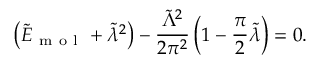
\left( \tilde { E } _ { \mathrm { ~ m ~ o ~ l ~ } } + \tilde { \lambda } ^ { 2 } \right) - \frac { \tilde { \Lambda } ^ { 2 } } { 2 \pi ^ { 2 } } \left( 1 - \frac { \pi } { 2 } \tilde { \lambda } \right) = 0 .